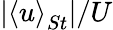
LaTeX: \lvert\left<u\right>_{St}\rvert/U